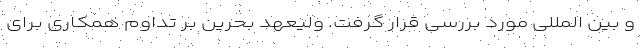
و بین المللی مورد بررسی قرار گرفت. ولیعهد بحرین بر تداوم همکاری برای